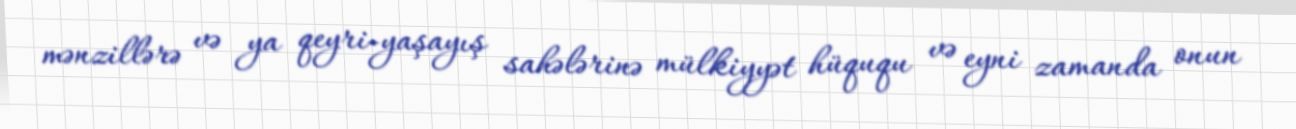
mənzillərə və ya qeyri-yaşayış sahələrinə mülkiyyət hüququ və eyni zamanda onun